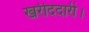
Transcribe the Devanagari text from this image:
खरीददारी।